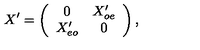
X ^ { \prime } = \left( \begin{array} { c c } { 0 } & { X _ { o e } ^ { \prime } } \\ { X _ { e o } ^ { \prime } } & { 0 } \\ \end{array} \right) ,